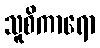
သူစိကာရော